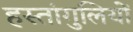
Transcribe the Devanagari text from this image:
हस्तांगुलियों